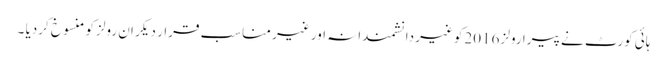
ہائی کورٹ نے پیرا رولز 2016کو غیر دانشمندانہ اور غیر مناسب قرار دیکر ان رولز کو منسوخ کردیا ۔